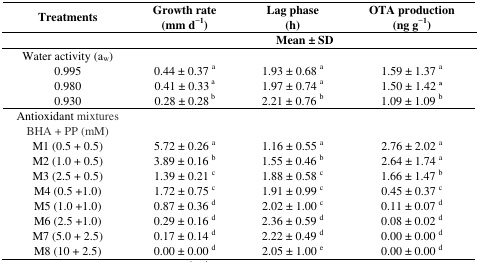
<table><thead><tr><td><b>Treatments</b></td><td><b>Growth rate (mm d<sup>−1</sup>)</b></td><td><b>Lag phase (h)</b></td><td><b>OTA production (ng g<sup>−1</sup>)</b></td></tr><tr><td></td><td colspan="3"><b>Mean ± SD</b></td></tr></thead><tbody><tr><td>Water activity (a<sub>w</sub>)</td><td></td><td></td><td></td></tr><tr><td>0.995</td><td>0.44 ± 0.37 <sup>a</sup></td><td>1.93 ± 0.68 <sup>a</sup></td><td>1.59 ± 1.37 <sup>a</sup></td></tr><tr><td>0.980</td><td>0.41 ± 0.33 <sup>a</sup></td><td>1.97 ± 0.74 <sup>a</sup></td><td>1.50 ± 1.42 a</td></tr><tr><td>0.930</td><td>0.28 ± 0.28 <sup>b</sup></td><td>2.21 ± 0.76 <sup>b</sup></td><td>1.09 ± 1.09 <sup>b</sup></td></tr><tr><td>Antioxidant mixtures BHA + PP (mM)</td><td></td><td></td><td></td></tr><tr><td>M1 (0.5 + 0.5)</td><td>5.72 ± 0.26 <sup>a</sup></td><td>1.16 ± 0.55 <sup>a</sup></td><td>2.76 ± 2.02 <sup>a</sup></td></tr><tr><td>M2 (1.0 + 0.5)</td><td>3.89 ± 0.16 <sup>b</sup></td><td>1.55 ± 0.46 <sup>b</sup></td><td>2.64 ± 1.74 <sup>a</sup></td></tr><tr><td>M3 (2.5 + 0.5)</td><td>1.39 ± 0.21 <sup>c</sup></td><td>1.88 ± 0.58 <sup>c</sup></td><td>1.66 ± 1.47 <sup>b</sup></td></tr><tr><td>M4 (0.5 +1.0)</td><td>1.72 ± 0.75 <sup>c</sup></td><td>1.91 ± 0.99 <sup>c</sup></td><td>0.45 ± 0.37 <sup>c</sup></td></tr><tr><td>M5 (1.0 +1.0)</td><td>0.87 ± 0.36 <sup>d</sup></td><td>2.02 ± 1.00 <sup>c</sup></td><td>0.11 ± 0.07 <sup>d</sup></td></tr><tr><td>M6 (2.5 +1.0)</td><td>0.29 ± 0.16 <sup>d</sup></td><td>2.36 ± 0.59 <sup>d</sup></td><td>0.08 ± 0.02 <sup>d</sup></td></tr><tr><td>M7 (5.0 + 2.5)</td><td>0.17 ± 0.14 <sup>d</sup></td><td>2.22 ± 0.49 <sup>d</sup></td><td>0.00 ± 0.00 <sup>d</sup></td></tr><tr><td>M8 (10 + 2.5)</td><td>0.00 ± 0.00 <sup>d</sup></td><td>2.05 ± 1.00 <sup>e</sup></td><td>0.00 ± 0.00 <sup>d</sup></td></tr></tbody></table>